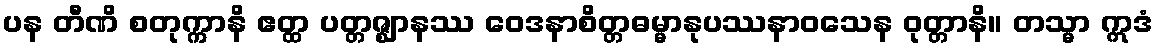
ပန တီဏိ စတုက္ကာနိ ဧတ္ထ ပတ္တဇ္ဈာနဿ ဝေဒနာစိတ္တဓမ္မာနုပဿနာဝသေန ဝုတ္တာနိ။ တသ္မာ ဣဒံ